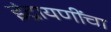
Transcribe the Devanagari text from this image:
इंद्रायणींचा